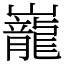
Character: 巃